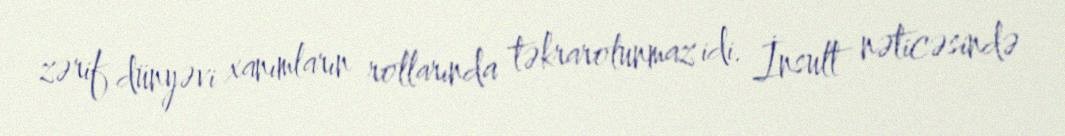
zərif dünyəvi xanımların rollarında təkrarolunmaz idi. İnsult nəticəsində